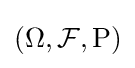
\textstyle (\Omega ,{\mathcal {F}},\operatorname {P} )